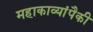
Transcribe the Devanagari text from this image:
महाकाव्यांपैकी